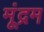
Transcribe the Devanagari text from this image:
मूंद्रम